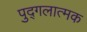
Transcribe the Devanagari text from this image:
पुद्गलात्मक